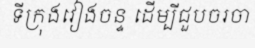
ទីក្រុងវៀងចន្ទ ដើម្បីជួបចរចា